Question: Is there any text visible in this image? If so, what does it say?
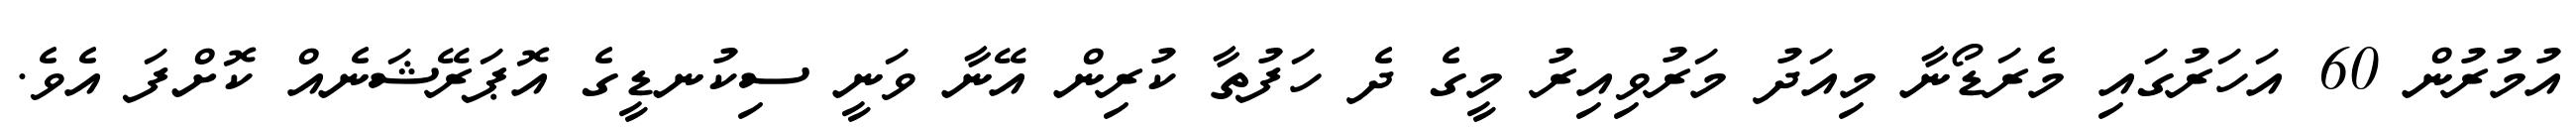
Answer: އުމުރުން 60 އަހަރުގައި މެރަޑޯނާ މިއަދު މަރުވިއިރު މީގެ ދެ ހަފުތާ ކުރިން އޭނާ ވަނީ ސިކުނޑީގެ އޮޕަރޭޝަނެއް ކޮށްފަ އެވެ.